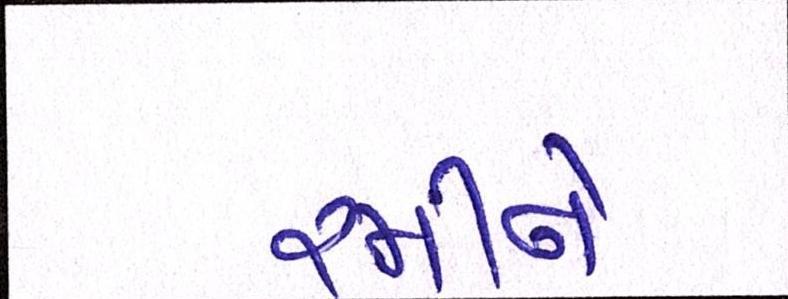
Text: રમીને